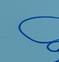
Signature authenticity: forged